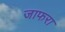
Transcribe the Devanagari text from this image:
जाफरा